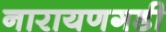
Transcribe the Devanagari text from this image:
नारायणगडी